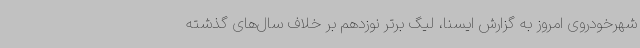
شهرخودروی امروز به گزارش ایسنا، لیگ برتر نوزدهم بر خلاف سال‌های گذشته